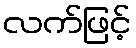
လက်ဖြင့်